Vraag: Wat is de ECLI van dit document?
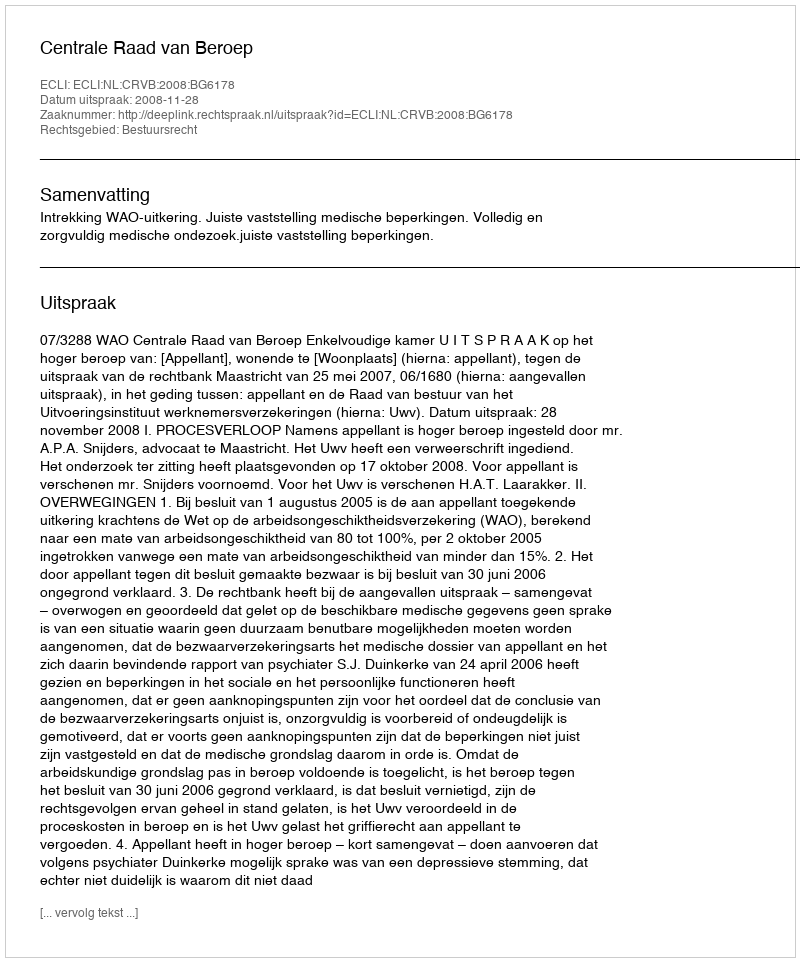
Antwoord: ECLI:NL:CRVB:2008:BG6178